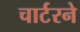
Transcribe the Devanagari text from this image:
चार्टरने